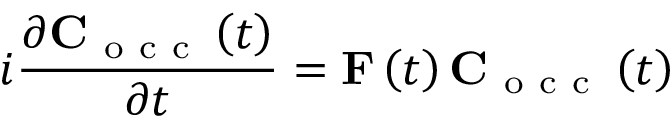
i \frac { \partial \mathbf C _ { \mathrm { ~ o ~ c ~ c ~ } } \left( t \right) } { \partial t } = \mathbf F \left( t \right) \mathbf C _ { \mathrm { ~ o ~ c ~ c ~ } } \left( t \right)